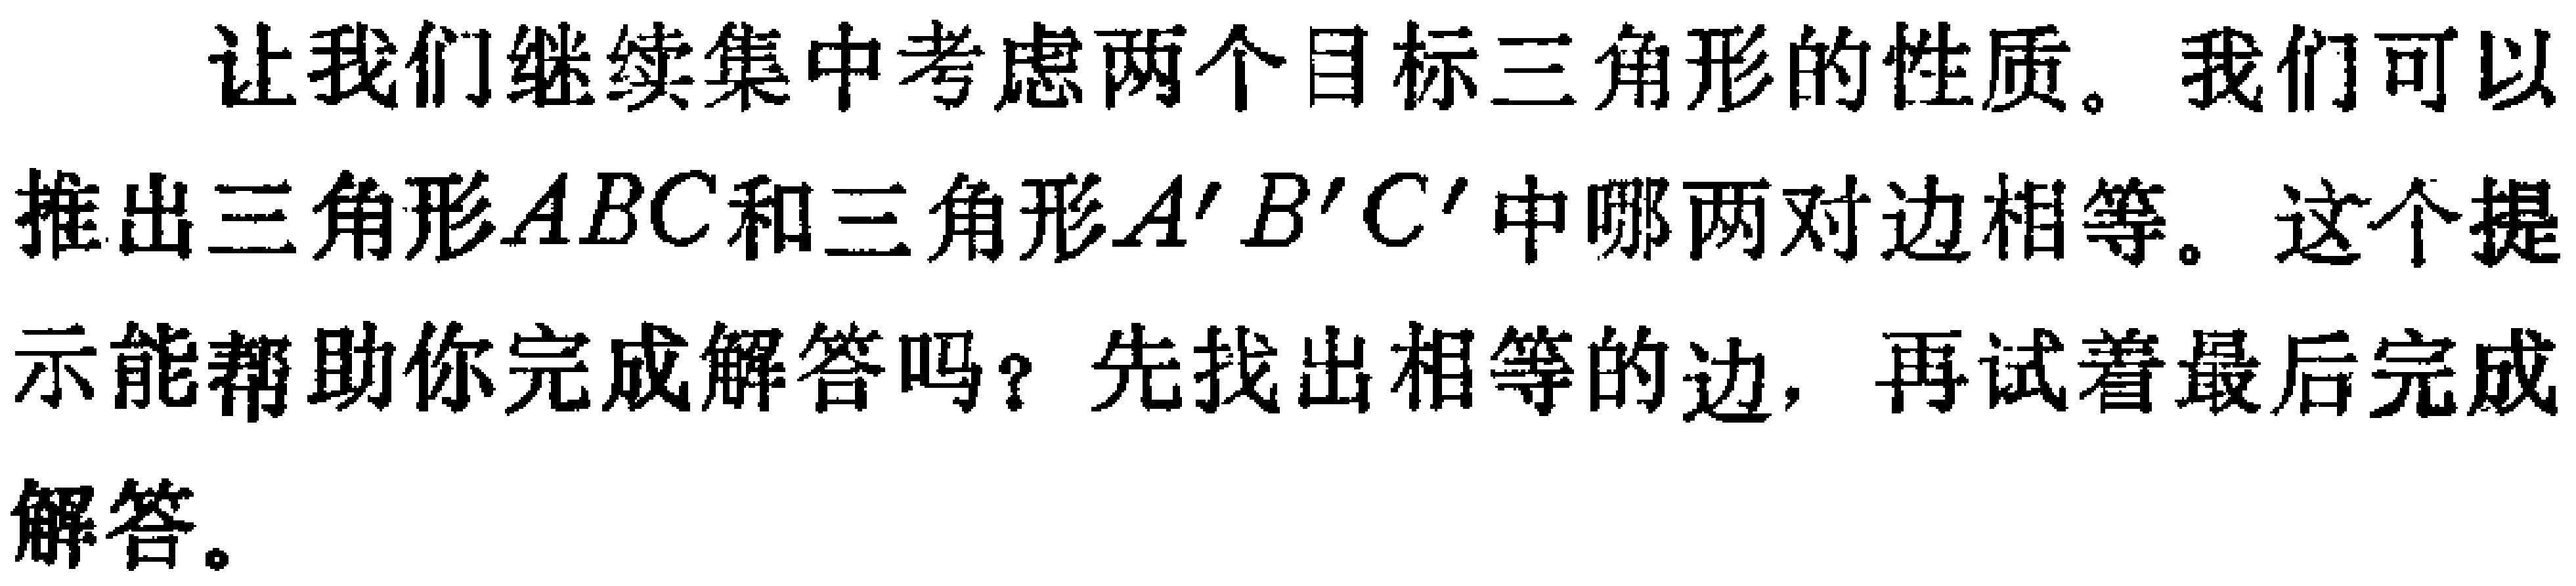
让我们继续集中考虑两个目标三角形的性质。我们可以推出三角形\(ABC\)和三角形\(A'B'C'\)中哪两对边相等。这个提示能帮助你完成解答吗？先找出相等的边，再试着最后完成解答。